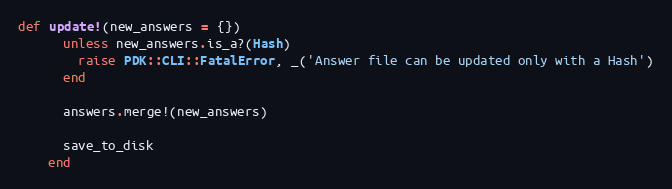
Language: Ruby
def update!(new_answers = {})
      unless new_answers.is_a?(Hash)
        raise PDK::CLI::FatalError, _('Answer file can be updated only with a Hash')
      end

      answers.merge!(new_answers)

      save_to_disk
    end